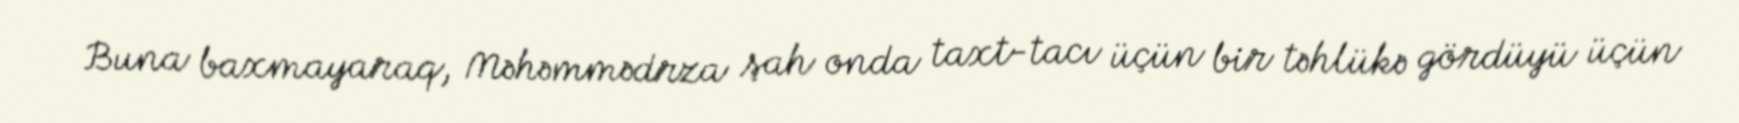
Buna baxmayaraq, Məhəmmədrza şah onda taxt-tacı üçün bir təhlükə gördüyü üçün